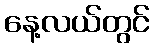
နေ့လယ်တွင်